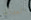
العدالة